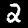
Label: 2